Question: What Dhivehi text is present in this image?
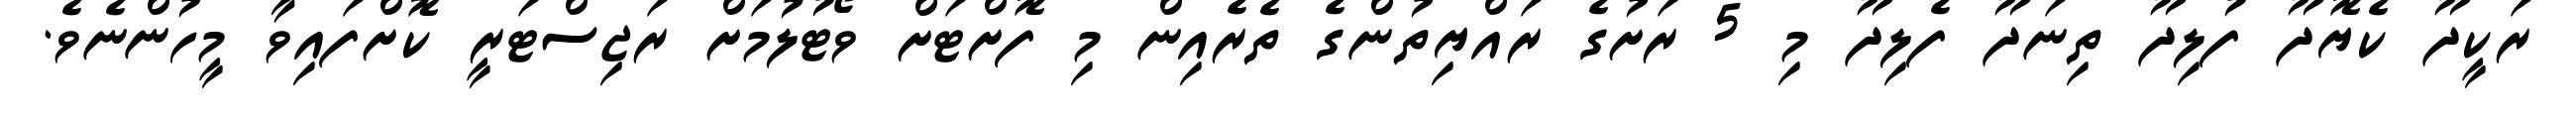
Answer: ރަކީދޫ ކެޔޮދޫ ފުލިދޫ ތިނަދޫ ފެލިދޫ މި 5 ރަށުގެ ރައްޔިތުންގެ ތެރެއިން މި ފޮށްޓަށް ވޯޓުލުމަށް ރަޖިސްޓަރީ ކޮށްފައިވާ މީހުންނެވެ.